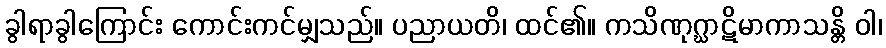
ခွါရာခွါကြောင်း ကောင်းကင်မျှသည်။ ပညာယတိ၊ ထင်၏။ ကသိဏုဂ္ဃာဋိမာကာသန္တိ ဝါ၊